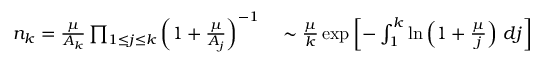
\begin{array} { r l } { n _ { k } = \frac { \mu } { A _ { k } } \prod _ { 1 \leq j \leq k } \left( 1 + \frac { \mu } { A _ { j } } \right) ^ { - 1 } } & { { } \sim \frac { \mu } { k } \exp \left[ - \int _ { 1 } ^ { k } \ln \left( 1 + \frac { \mu } { j } \right) \, d j \right] } \end{array}